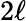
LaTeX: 2\ell